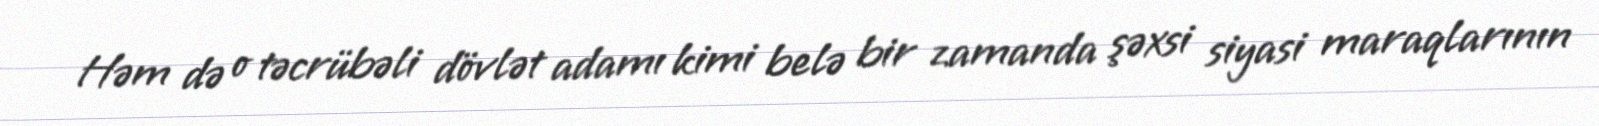
Həm də o təcrübəli dövlət adamı kimi belə bir zamanda şəxsi siyasi maraqlarının